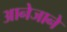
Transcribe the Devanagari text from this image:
आनेजाने